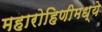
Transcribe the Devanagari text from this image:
महारोहिणीमध्ये